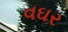
વઘર